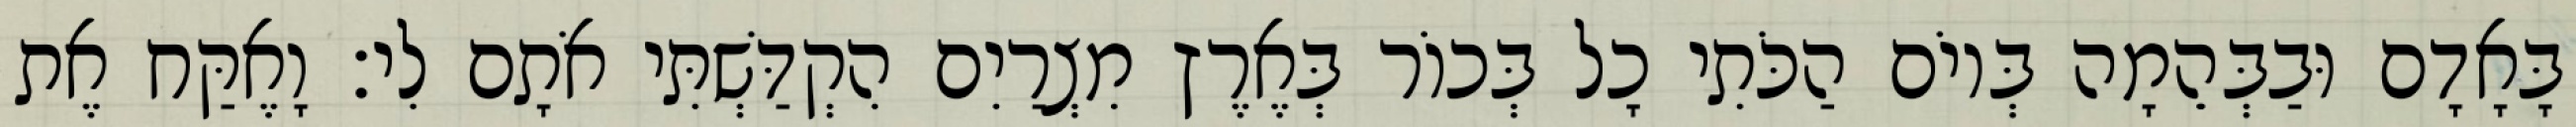
בָּאָדָם וּבַבְּהֵמָה בְּיוֹם הַכֹּתִי כָל בְּכוֹר בְּאֶרֶץ מִצְרַיִם הִקְדַּשְׁתִּי אֹתָם לִי׃ וָאֶקַּח אֶת